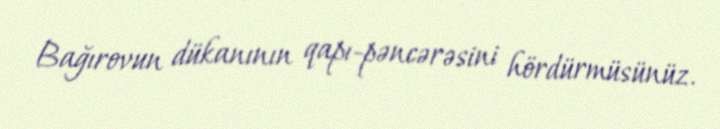
Bağırovun dükanının qapı-pəncərəsini hördürmüsünüz.